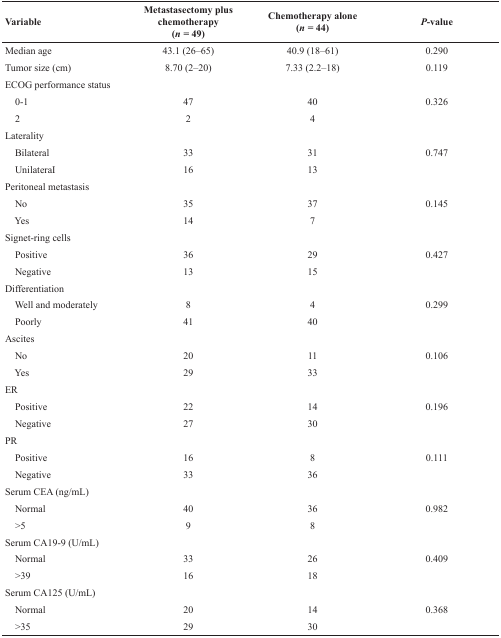
| Variable | Metastasectomy plus chemotherapy(n = 49) | Chemotherapy alone(n = 44) | P-value |
 | --- | --- | --- | --- |
 | Median age | 43.1 (26–65) | 40.9 (18–61) | 0.290 |
 | Tumor size (cm) | 8.70 (2–20) | 7.33 (2.2–18) | 0.119 |
 | ECOG performance status |  |  |  |
 | 0-1 | 47 | 40 | 0.326 |
 | 2 | 2 | 4 |  |
 | Laterality |  |  |  |
 | Bilateral | 33 | 31 | 0.747 |
 | UnilateraI | 16 | 13 |  |
 | Peritoneal metastasis |  |  |  |
 | No | 35 | 37 | 0.145 |
 | Yes | 14 | 7 |  |
 | Signet-ring cells |  |  |  |
 | Positive | 36 | 29 | 0.427 |
 | Negative | 13 | 15 |  |
 | Differentiation |  |  |  |
 | Well and moderately | 8 | 4 | 0.299 |
 | Poorly | 41 | 40 |  |
 | Ascites |  |  |  |
 | No | 20 | 11 | 0.106 |
 | Yes | 29 | 33 |  |
 | ER |  |  |  |
 | Positive | 22 | 14 | 0.196 |
 | Negative | 27 | 30 |  |
 | PR |  |  |  |
 | Positive | 16 | 8 | 0.111 |
 | Negative | 33 | 36 |  |
 | Serum CEA (ng/mL) |  |  |  |
 | Normal | 40 | 36 | 0.982 |
 | >5 | 9 | 8 |  |
 | Serum CA19-9 (U/mL) |  |  |  |
 | Normal | 33 | 26 | 0.409 |
 | >39 | 16 | 18 |  |
 | Serum CA125 (U/mL) |  |  |  |
 | Normal | 20 | 14 | 0.368 |
 | >35 | 29 | 30 |  |